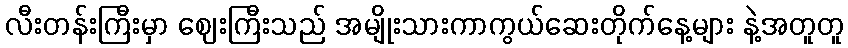
လီးတန်းကြီးမှာ ဈေးကြီးသည် အမျိုးသားကာကွယ်ဆေးတိုက်နေ့များ နဲ့အတူတူ